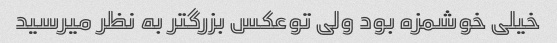
خیلی خوشمزه بود ولی توعکس بزرگتر به نظر میرسید